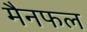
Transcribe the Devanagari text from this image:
मैनफल